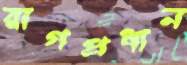
রাগপ্রধান